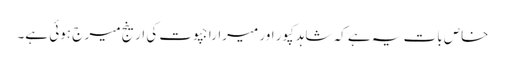
خاص بات یہ ہے کہ شاہدکپور اور میراراجپوت کی ارینج میر ج ہوئی ہے۔